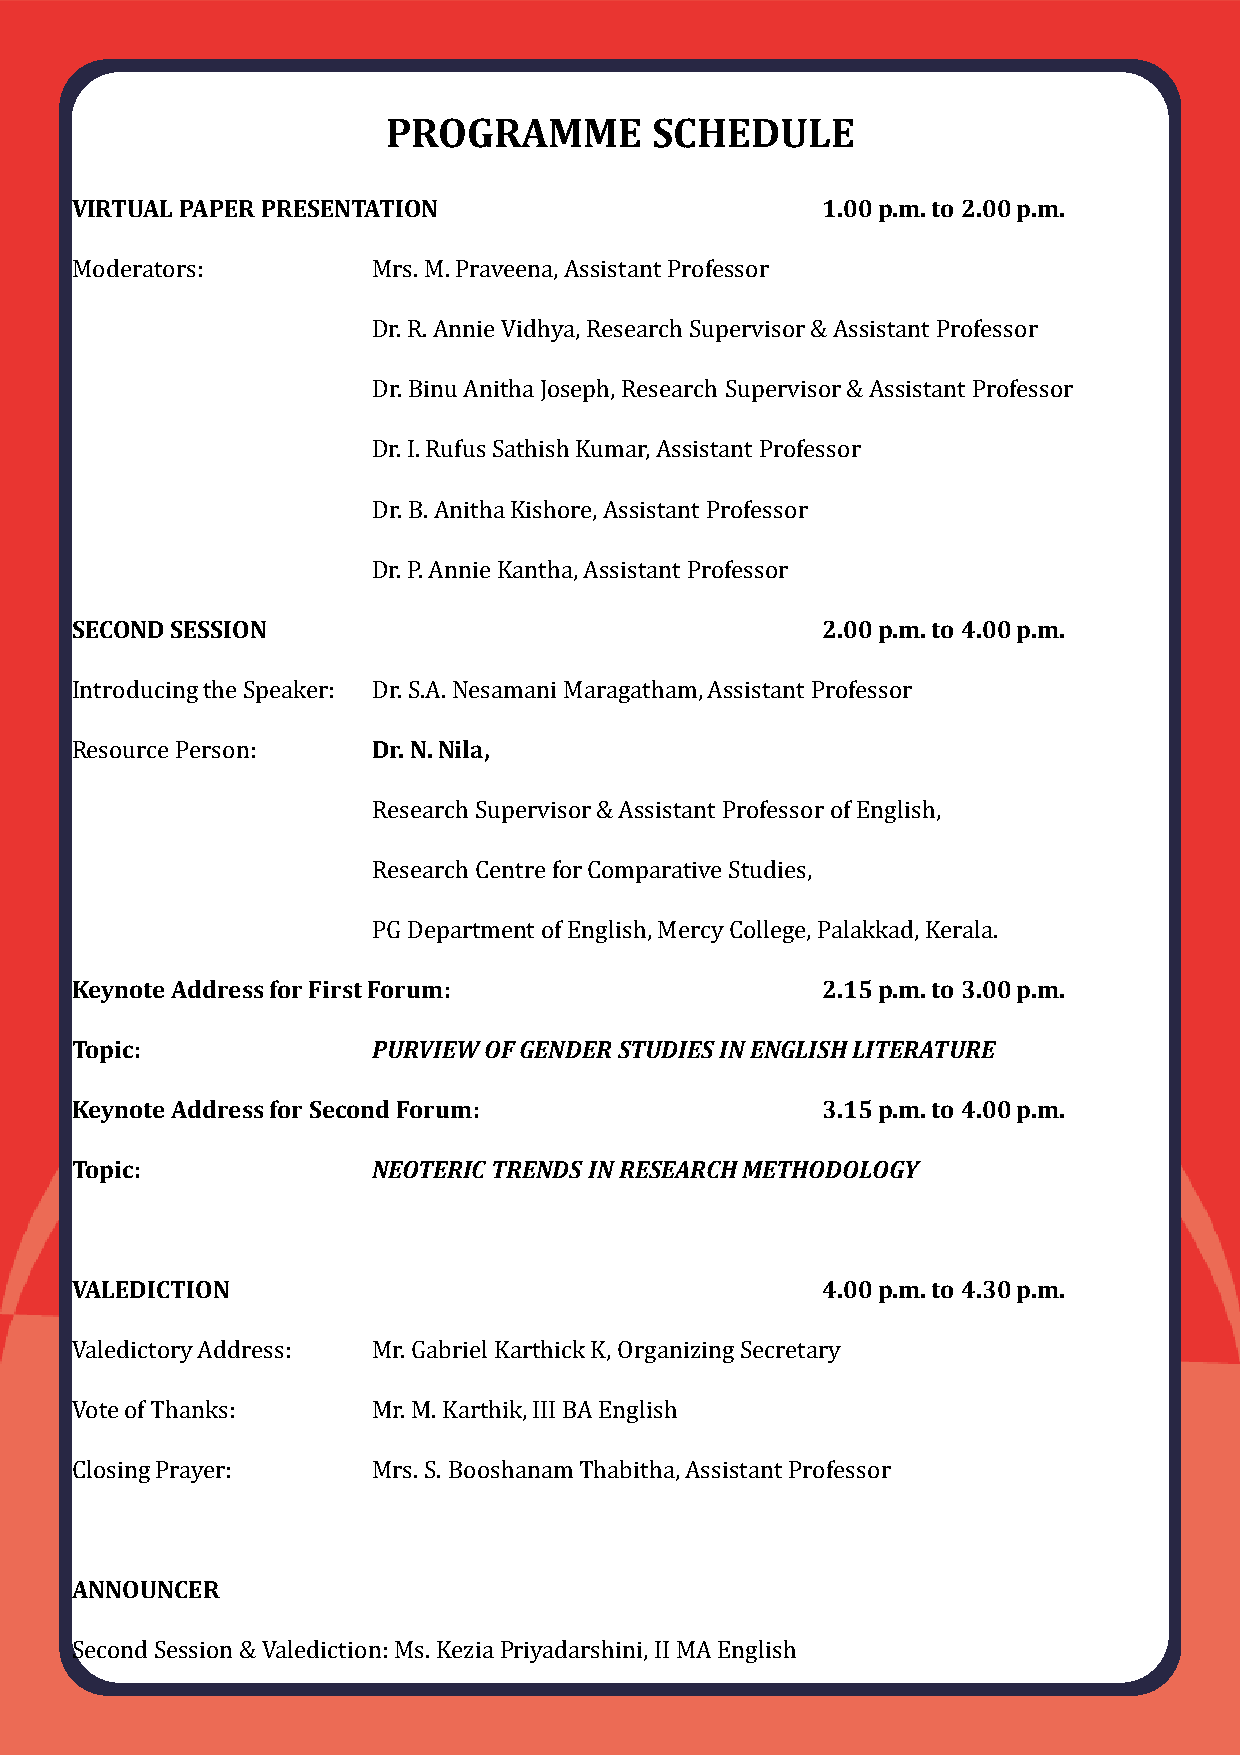
PROGRAMME        SCHEDULE
 VIRTUAL PAPER PRESENTATION                       1.00 p.m. to 2.00 p.m.
 Moderators:         Mrs. M. Praveena, Assistant Professor
 Dr. R. Annie Vidhya, Research Supervisor & Assistant Professor
 Dr. BinuAnithaJoseph, Research Supervisor & Assistant Professor
 Dr. I. Rufus Sathish Kumar, Assistant Professor
 Dr. B. AnithaKishore, Assistant Professor
 Dr. P. Annie Kantha, Assistant Professor
 SECOND SESSION                                   2.00 p.m. to 4.00 p.m.
 Introducing the Speaker: Dr. S.A. NesamaniMaragatham, Assistant Professor
 Resource Person:    Dr. N. Nila,
 Research Supervisor & Assistant Professor of English,
 Research Centre for Comparative Studies,
 PG Department of English, Mercy College, Palakkad, Kerala.
 Keynote Address for First Forum:                 2.15 p.m. to 3.00 p.m.
 Topic:              PURVIEW OF GENDER STUDIES IN ENGLISH LITERATURE
 Keynote Address for Second Forum:                3.15 p.m. to 4.00 p.m.
 Topic:              NEOTERIC TRENDS IN RESEARCH METHODOLOGY
 VALEDICTION                                      4.00 p.m. to 4.30 p.m.
 Valedictory Address: Mr. Gabriel Karthick K, Organizing Secretary
 Vote of Thanks:     Mr. M. Karthik, III BA English
 Closing Prayer:     Mrs. S. BooshanamThabitha, Assistant Professor
 ANNOUNCER
 Second Session & Valediction: Ms. KeziaPriyadarshini, II MA English